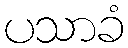
ပသာခံ